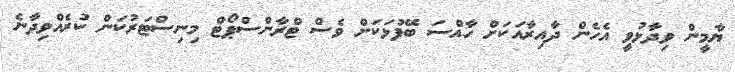
ޔާމީން ވިދާޅުވީ އެހެން ދާއިރާއަކަށް ހާއްސަ ބޭފުޅަކަށް ވެސް ޓްރާންސްޕޯޓް މިނިސްޓަރުކަން ކުރެއްވިދާނެ